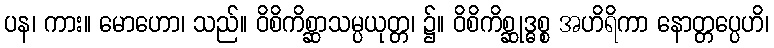
ပန၊ ကား။ မောဟော၊ သည်။ ဝိစိကိစ္ဆာသမ္ပယုတ္တ၊ ၌။ ဝိစိကိစ္ဆုဒ္ဓစ္စ အဟိရိကာ နောတ္တပ္ပေဟိ၊